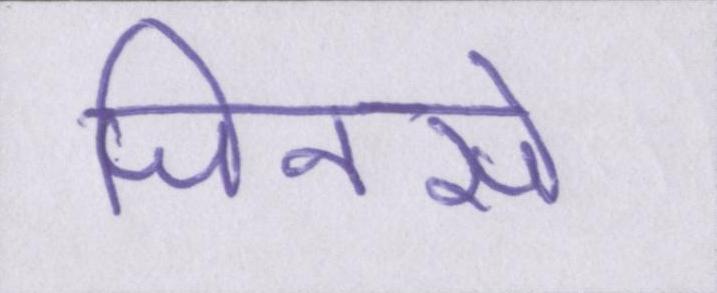
जिनसे